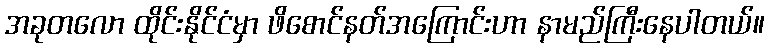
အခုတလော ထိုင်းနိုင်ငံမှာ ဖိစောင်နတ်အကြောင်းဟာ နာမည်ကြီးနေပါတယ်။